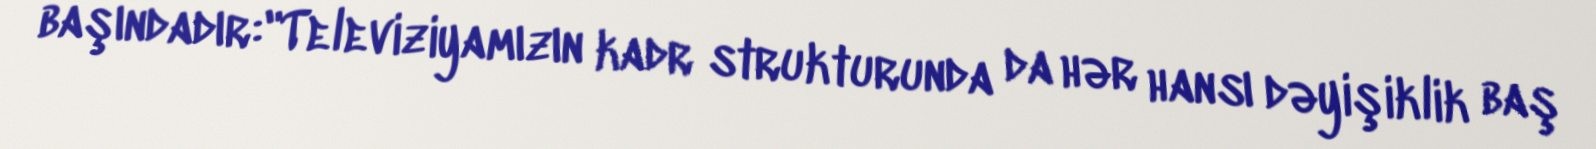
başındadır:"Televiziyamızın kadr strukturunda da hər hansı dəyişiklik baş